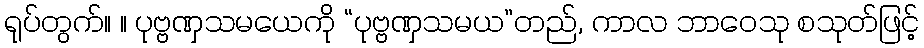
ရုပ်တွက်။ ။ ပုဗ္ဗဏှသမယေကို “ပုဗ္ဗဏှသမယ”တည်, ကာလ ဘာဝေသု စသုတ်ဖြင့်